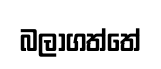
බලාගත්තේ